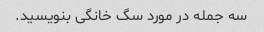
سه جمله در مورد سگ خانگی بنویسید.